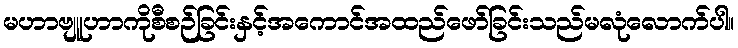
မဟာဗျူဟာကိုစီစဉ်ခြင်းနှင့်အကောင်အထည်ဖော်ခြင်းသည်မလုံလောက်ပါ။